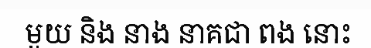
មួយ និង នាង នាគជា ពង នោះ